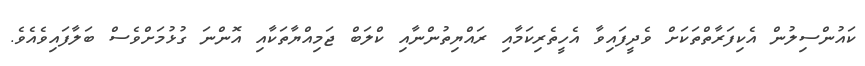
ކައުންސިލުން އެކިފަރާތްތަކަށް ވެދީފައިވާ އެހީތެރިކަމާއި ރައްޔިތުންނާއި ކްލަބް ޖަމިއްޔާތަކާއި އޮންނަ ގުޅުމަށްވެސް ބަލާފައިވެއެވެ.